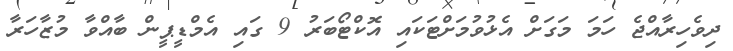
ދިވެހިރާއްޖެ ހަމަ މަގަށް އެޅުވުމަށްޓަކައި އޮކްޓޯބަރު 9 ގައި އެމްޑީޕީން ބާއްވާ މުޒާހަރާ